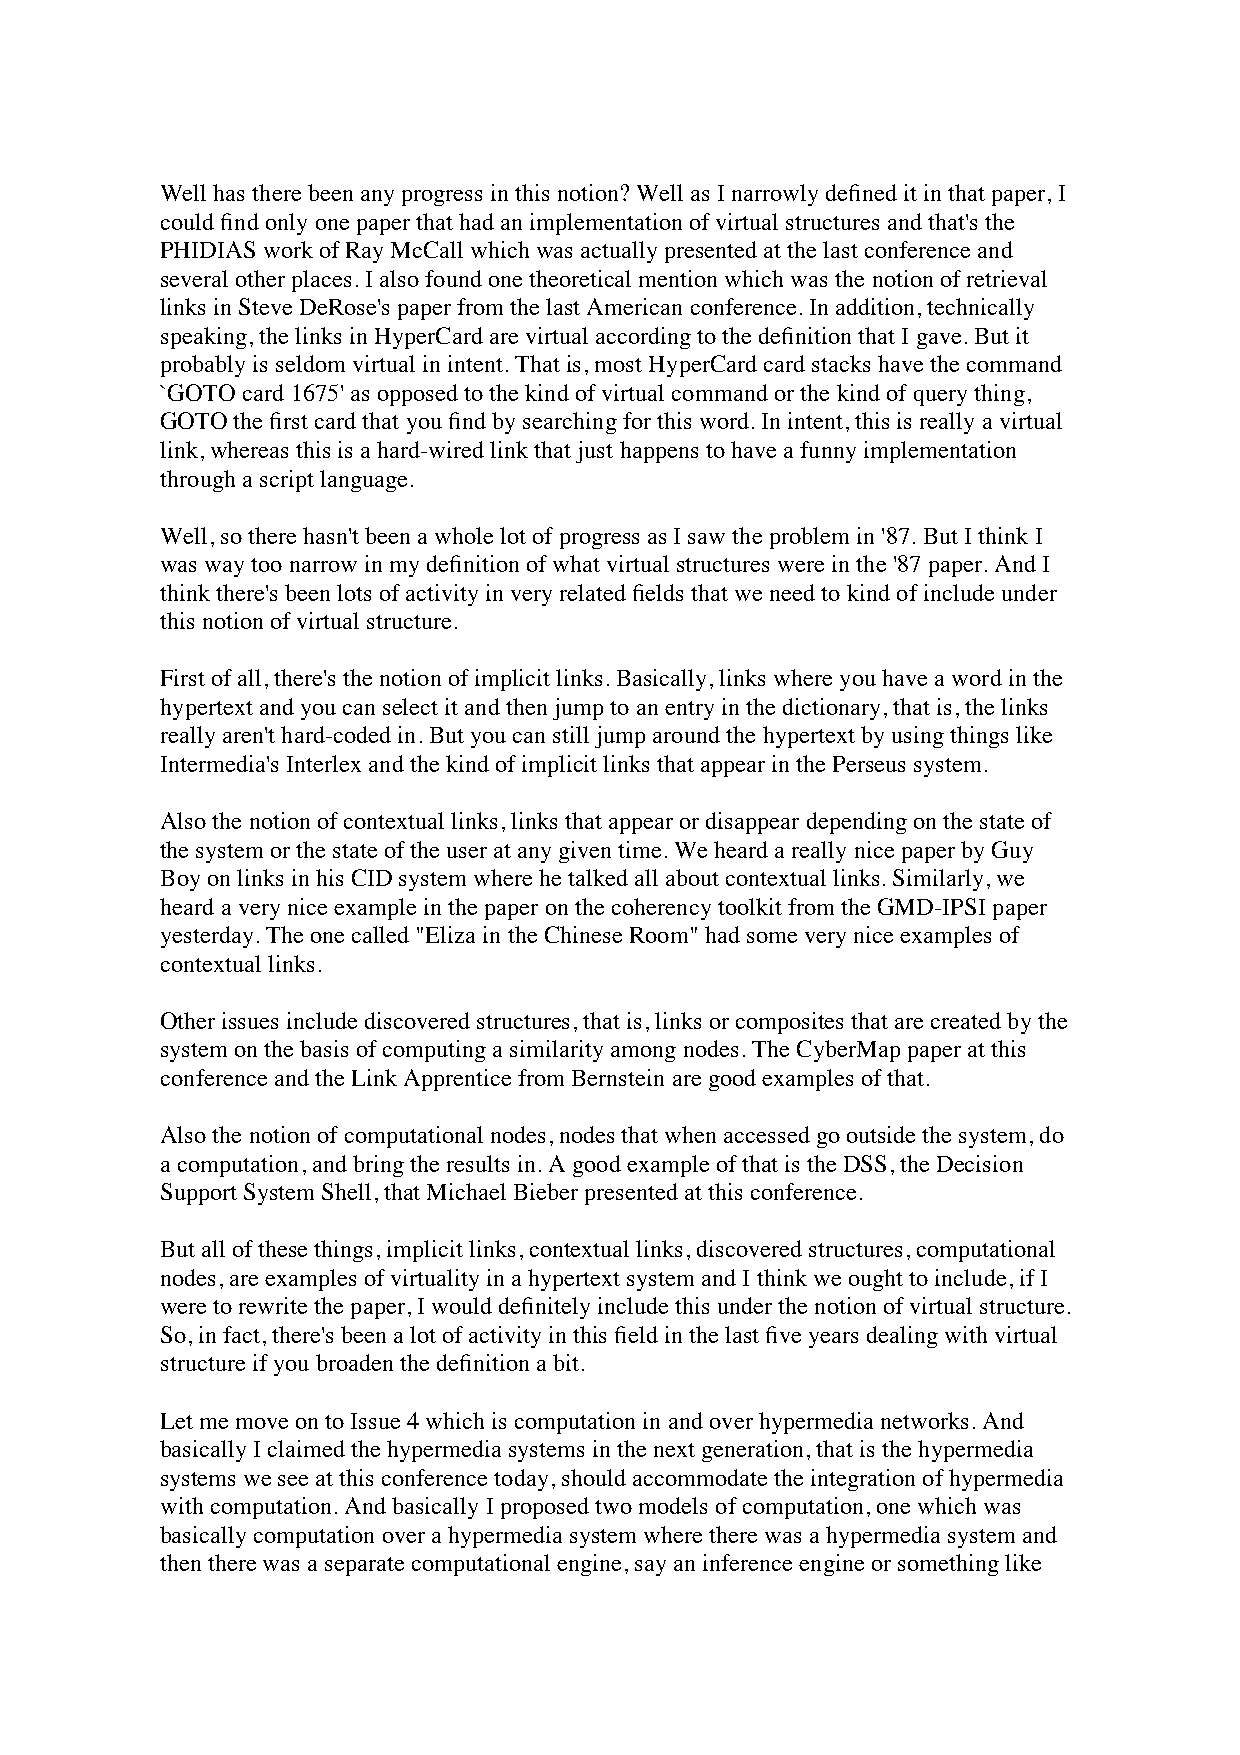
Well has there been any progress in this notion? Well as I narrowly defined it in that paper, I
 could find only one paper that had an implementation of virtual structures and that's the
 PHIDIAS work of Ray McCall which was actually presented at the last conference and
 several other places. I also found one theoretical mention which was the notion of retrieval
 links in Steve DeRose's paper from the last American conference. In addition, technically
 speaking, the links in HyperCard are virtual according to the definition that I gave. But it
 probably is seldom virtual in intent. That is, most HyperCard card stacks have the command
 `GOTO card 1675' as opposed to the kind of virtual command or the kind of query thing,
 GOTO the first card that you find by searching for this word. In intent, this is really a virtual
 link, whereas this is a hard-wired link that just happens to have a funny implementation
 through a script language.
 Well, so there hasn't been a whole lot of progress as I saw the problem in '87. But I think I
 was way too narrow in my definition of what virtual structures were in the '87 paper. And I
 think there's been lots of activity in very related fields that we need to kind of include under
 this notion of virtual structure.
 First of all, there's the notion of implicit links. Basically, links where you have a word in the
 hypertext and you can select it and then jump to an entry in the dictionary, that is, the links
 really aren't hard-coded in. But you can still jump around the hypertext by using things like
 Intermedia's Interlex and the kind of implicit links that appear in the Perseus system.
 Also the notion of contextual links, links that appear or disappear depending on the state of
 the system or the state of the user at any given time. We heard a really nice paper by Guy
 Boy on links in his CID system where he talked all about contextual links. Similarly, we
 heard a very nice example in the paper on the coherency toolkit from the GMD-IPSI paper
 yesterday. The one called "Eliza in the Chinese Room" had some very nice examples of
 contextual links.
 Other issues include discovered structures, that is, links or composites that are created by the
 system on the basis of computing a similarity among nodes. The CyberMap paper at this
 conference and the Link Apprentice from Bernstein are good examples of that.
 Also the notion of computational nodes, nodes that when accessed go outside the system, do
 a computation, and bring the results in. A good example of that is the DSS, the Decision
 Support System Shell, that Michael Bieber presented at this conference.
 But all of these things, implicit links, contextual links, discovered structures, computational
 nodes, are examples of virtuality in a hypertext system and I think we ought to include, if I
 were to rewrite the paper, I would definitely include this under the notion of virtual structure.
 So, in fact, there's been a lot of activity in this field in the last five years dealing with virtual
 structure if you broaden the definition a bit.
 Let me move on to Issue 4 which is computation in and over hypermedia networks. And
 basically I claimed the hypermedia systems in the next generation, that is the hypermedia
 systems we see at this conference today, should accommodate the integration of hypermedia
 with computation. And basically I proposed two models of computation, one which was
 basically computation over a hypermedia system where there was a hypermedia system and
 then there was a separate computational engine, say an inference engine or something like